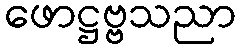
ဖောဋ္ဌဗ္ဗသညာ